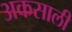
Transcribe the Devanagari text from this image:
अकसाली